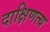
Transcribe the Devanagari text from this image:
दाक्षिणत्य